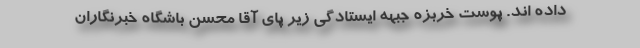
داده اند. پوست خربزه جبهه ایستادگی زیر پای آقا محسن باشگاه خبرنگاران